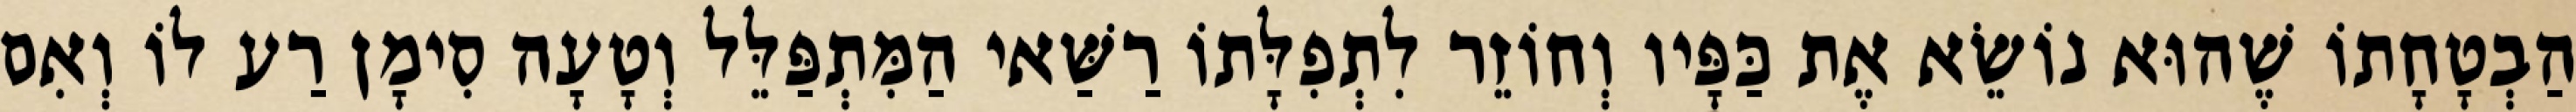
הַבְטָחָתוֹ שֶׁהוּא נוֹשֵׂא אֶת כַּפָּיו וְחוֹזֵר לִתְפִלָּתוֹ רַשַּׁאי הַמִּתְפַּלֵּל וְטָעָה סִימָן רַע לוֹ וְאִם